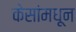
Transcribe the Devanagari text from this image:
केसांमधून